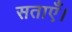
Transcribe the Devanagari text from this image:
सताएँ।